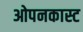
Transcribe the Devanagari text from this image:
ओपनकास्ट